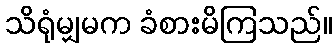
သိရုံမျှမက ခံစားမိကြသည်။